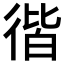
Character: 𢔡